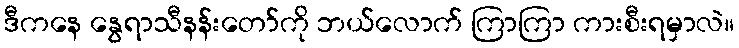
ဒီကနေ နွေရာသီနန်းတော်ကို ဘယ်လောက် ကြာကြာ ကားစီးရမှာလဲ။